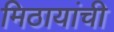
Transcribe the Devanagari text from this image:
मिठायांची